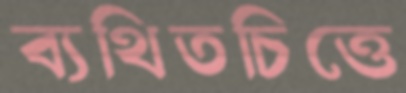
ব্যথিতচিত্তে